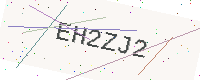
Text: EH2ZJ2